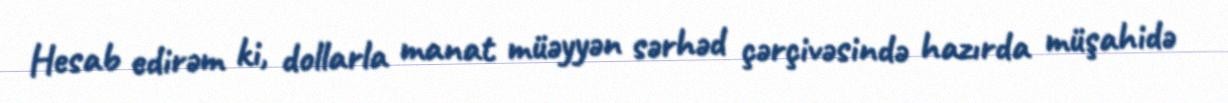
Hesab edirəm ki, dollarla manat müəyyən sərhəd çərçivəsində hazırda müşahidə